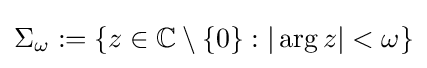
\Sigma _{\omega }:=\{z\in \mathbb {C} \setminus \{0\}:|\operatorname {arg} z|<\omega \}